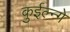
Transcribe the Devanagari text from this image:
कुईल्न्गे